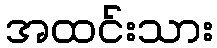
အထင်းသား